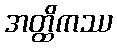
အတ္ထိကဿ